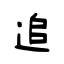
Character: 追